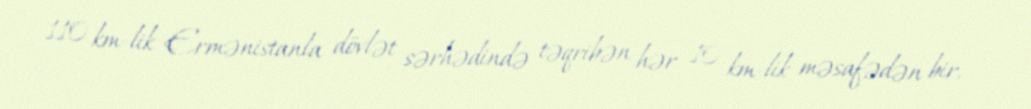
110 km-lik Ermənistanla dövlət sərhədində təqribən hər 10 km-lik məsafədən bir,